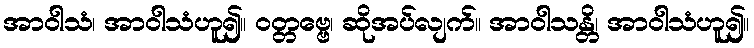
အာဝါသံ၊ အာဝါသံဟူ၍။ ဝတ္တဗ္ဗေ၊ ဆိုအပ်လျက်။ အာဝါသန္တိ၊ အာဝါသံဟူ၍။